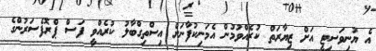
އެ ޔުނިވަސިޓީ އަށް ޒިޔާރަތް ކުރެއްވުމުން އެމަނިކުފާނަށް އިސްތިގްބާލު ކުރެއްވީ ފަސް ޕްރޮފެސަރުންގެ